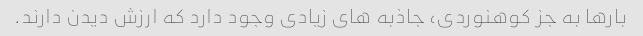
بارها به جز کوهنوردی، جاذبه های زیادی وجود دارد که ارزش دیدن دارند.